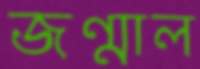
জন্মাল